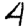
Digit: 4